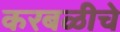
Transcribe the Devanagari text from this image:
करबळीचे